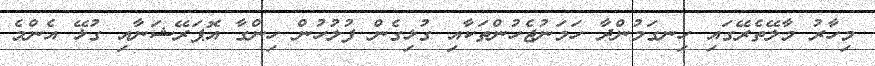
މިހާރު މާލޭތެރޭގައި ހިނގަމުންދާ ހަމަނުޖެހުންތަކާއި ގުޅިގެން ފުލުހުން ހިންގާ އޮޕަރޭޝަނާއި ގުޅޭ އެންމެ